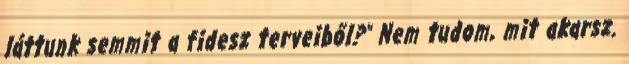
láttunk semmit a fidesz terveiből?" Nem tudom, mit akarsz.